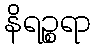
နိရဉ္စရာ